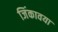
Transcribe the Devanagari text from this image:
जिंकावया